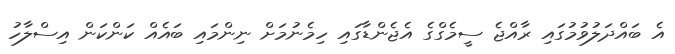
އެ ބައްދަލުވުމުގައި ރާއްޖެ ސީމެގްގެ އެޖެންޑާގައި ހިމެނުމަށް ނިންމައި ބައެއް ކަންކަން އިސްލާހު